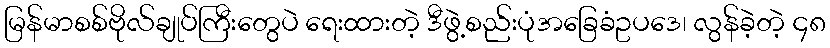
မြန်မာစစ်ဗိုလ်ချုပ်ကြီးတွေပဲ ရေးထားတဲ့ ဒီဖွဲ့စည်းပုံအခြေခံဥပဒေ၊ လွန်ခဲ့တဲ့ ၄၈